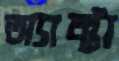
অ্যাক্টা